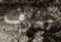
تعرف